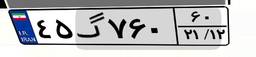
۴۵گ۷۶۰۶۰